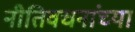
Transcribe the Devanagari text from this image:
नीतिवचनांच्या